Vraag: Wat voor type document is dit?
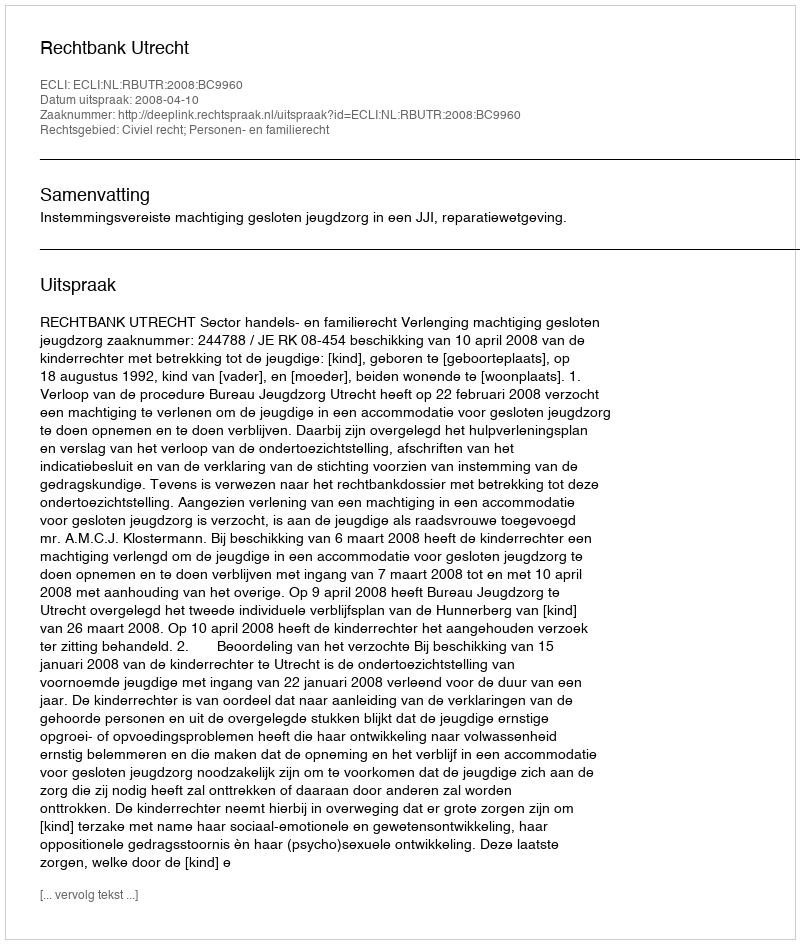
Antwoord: Uitspraak